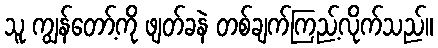
သူ ကျွန်တော့်ကို ဖျတ်ခနဲ တစ်ချက်ကြည့်လိုက်သည်။